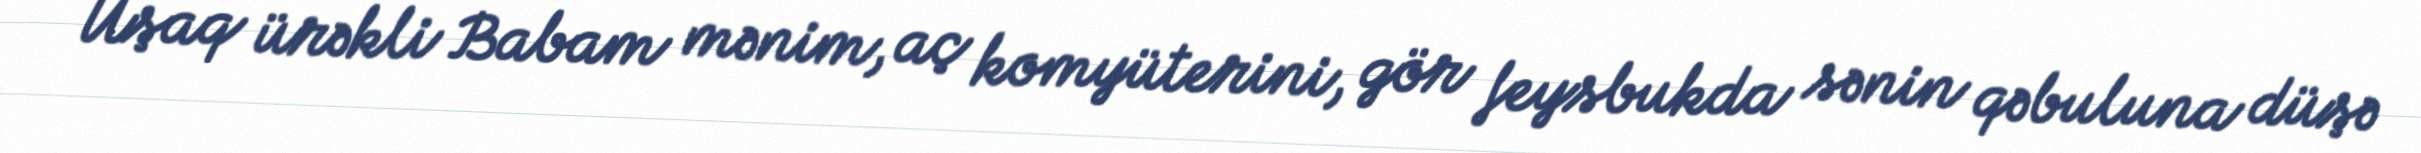
Uşaq ürəkli Babam mənim, aç komyüterini, gör feysbukda sənin qəbuluna düşə